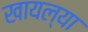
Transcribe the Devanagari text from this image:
खायल्या